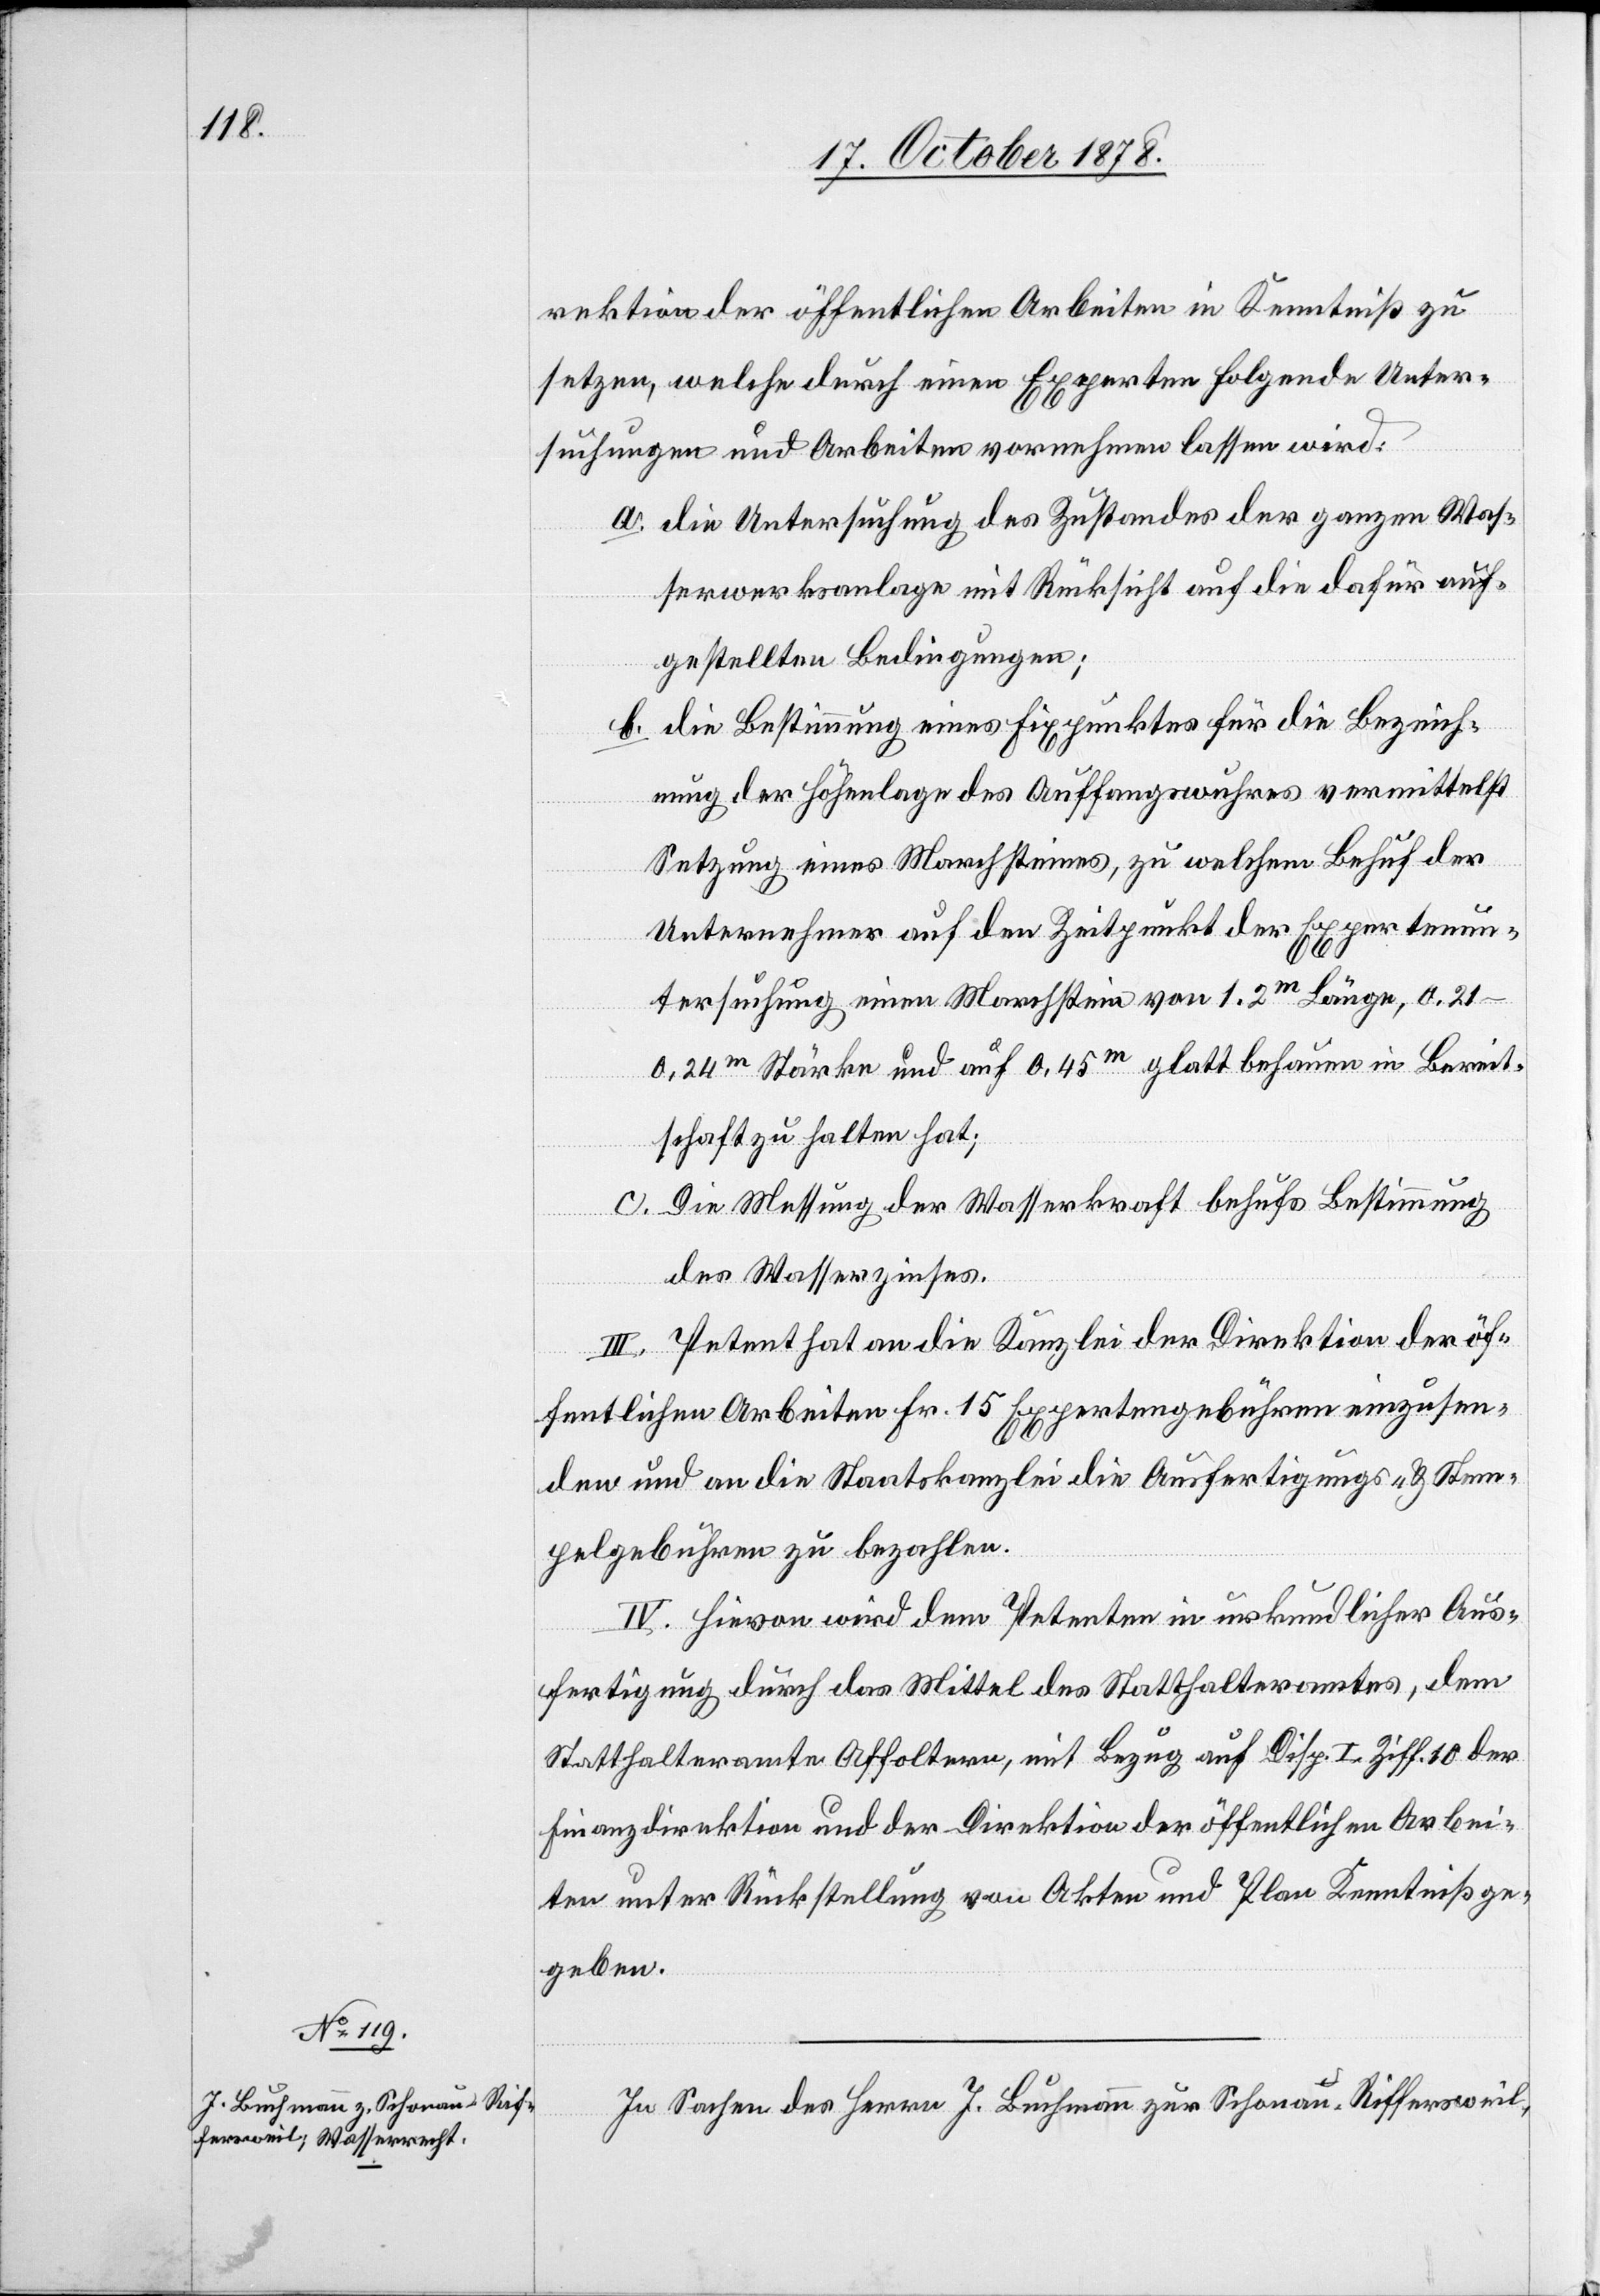
rektion der öffentlichen Arbeiten in Kenntniß zu
setzen, welche durch einen Experten folgende Unter¬
suchungen und Arbeiten vornehmen lassen wird:
die Untersuchung des Zustandes der ganzen Was¬
serwerksanlage mit Rücksicht auf die dafür auf¬
gestellten Bedingungen;
die Bestimmung eines Fixpunktes für die Bezeich¬
nung der Höhenlage des Auffangwuhres vermittelst
Setzung eines Marchsteines, zu welchem Behuf der
Unternehmer auf den Zeitpunkt der Expertenun¬
tersuchung einen Marchstein von 1.2m Länge, 0.21–0.24m
Stärke und auf 0,45m glatt behauen in Bereit¬
schaft zu halten hat;
Die Messung der Wasserkraft behufs Bestimmung
des Wasserzinses.
III. Petent hat an die Kanzlei der Direktion der öf¬
fentlichen Arbeiten Fr. 15 Expertengebühren einzusen¬
den und an die Staatskanzlei die Ausfertigungs- & Stem¬
pelgebühren zu bezahlen.
IV. Hievon wird dem Petenten in urkundlicher Aus¬
fertigung durch das Mittel des Statthalteramtes, dem
Statthalteramte Affoltern, mit Bezug auf Disp. I. Ziff. 10 der
Finanzdirektion und der Direktion der öffentlichen Arbei¬
ten unter Rückstellung von Akten und Plan Kenntniß ge¬
geben.
In Sachen des Herrn J. Buchmann zur Schonau - Riffersweil,